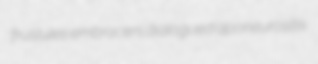
frustules embracers dialogued aponeurositis